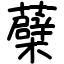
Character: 蘗